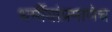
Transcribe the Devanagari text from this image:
धर्मीयांप्रमाणेच